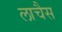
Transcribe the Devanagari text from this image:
लाचैस